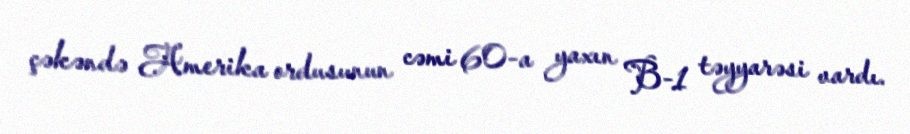
çəkəndə Amerika ordusunun cəmi 60-a yaxın B-1 təyyarəsi vardı.